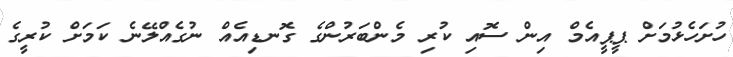
ހުށަހެޅުމަށް ޕީޕީއެމް އިން ސޮއި ކުރި މެންބަރުންގެ ގޮނޑިއެއް ނުގެއްލޭނެ ކަމަށް ކުރީގެ